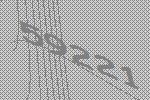
59221